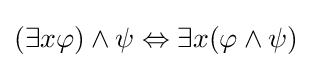
(\exists x\varphi )\land \psi \Leftrightarrow \exists x(\varphi \land \psi )